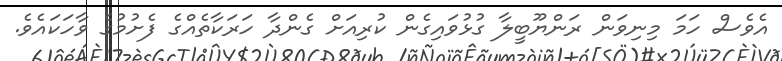
އެވެސް ހަމަ މިނިވަން ރަންޔޫބީލާ ގުޅުވައިގެން ކުރިއަށް ގެންދާ ހަރަކާތެއްގެ ފެށުމުގެ ވާހަކައެވެ.